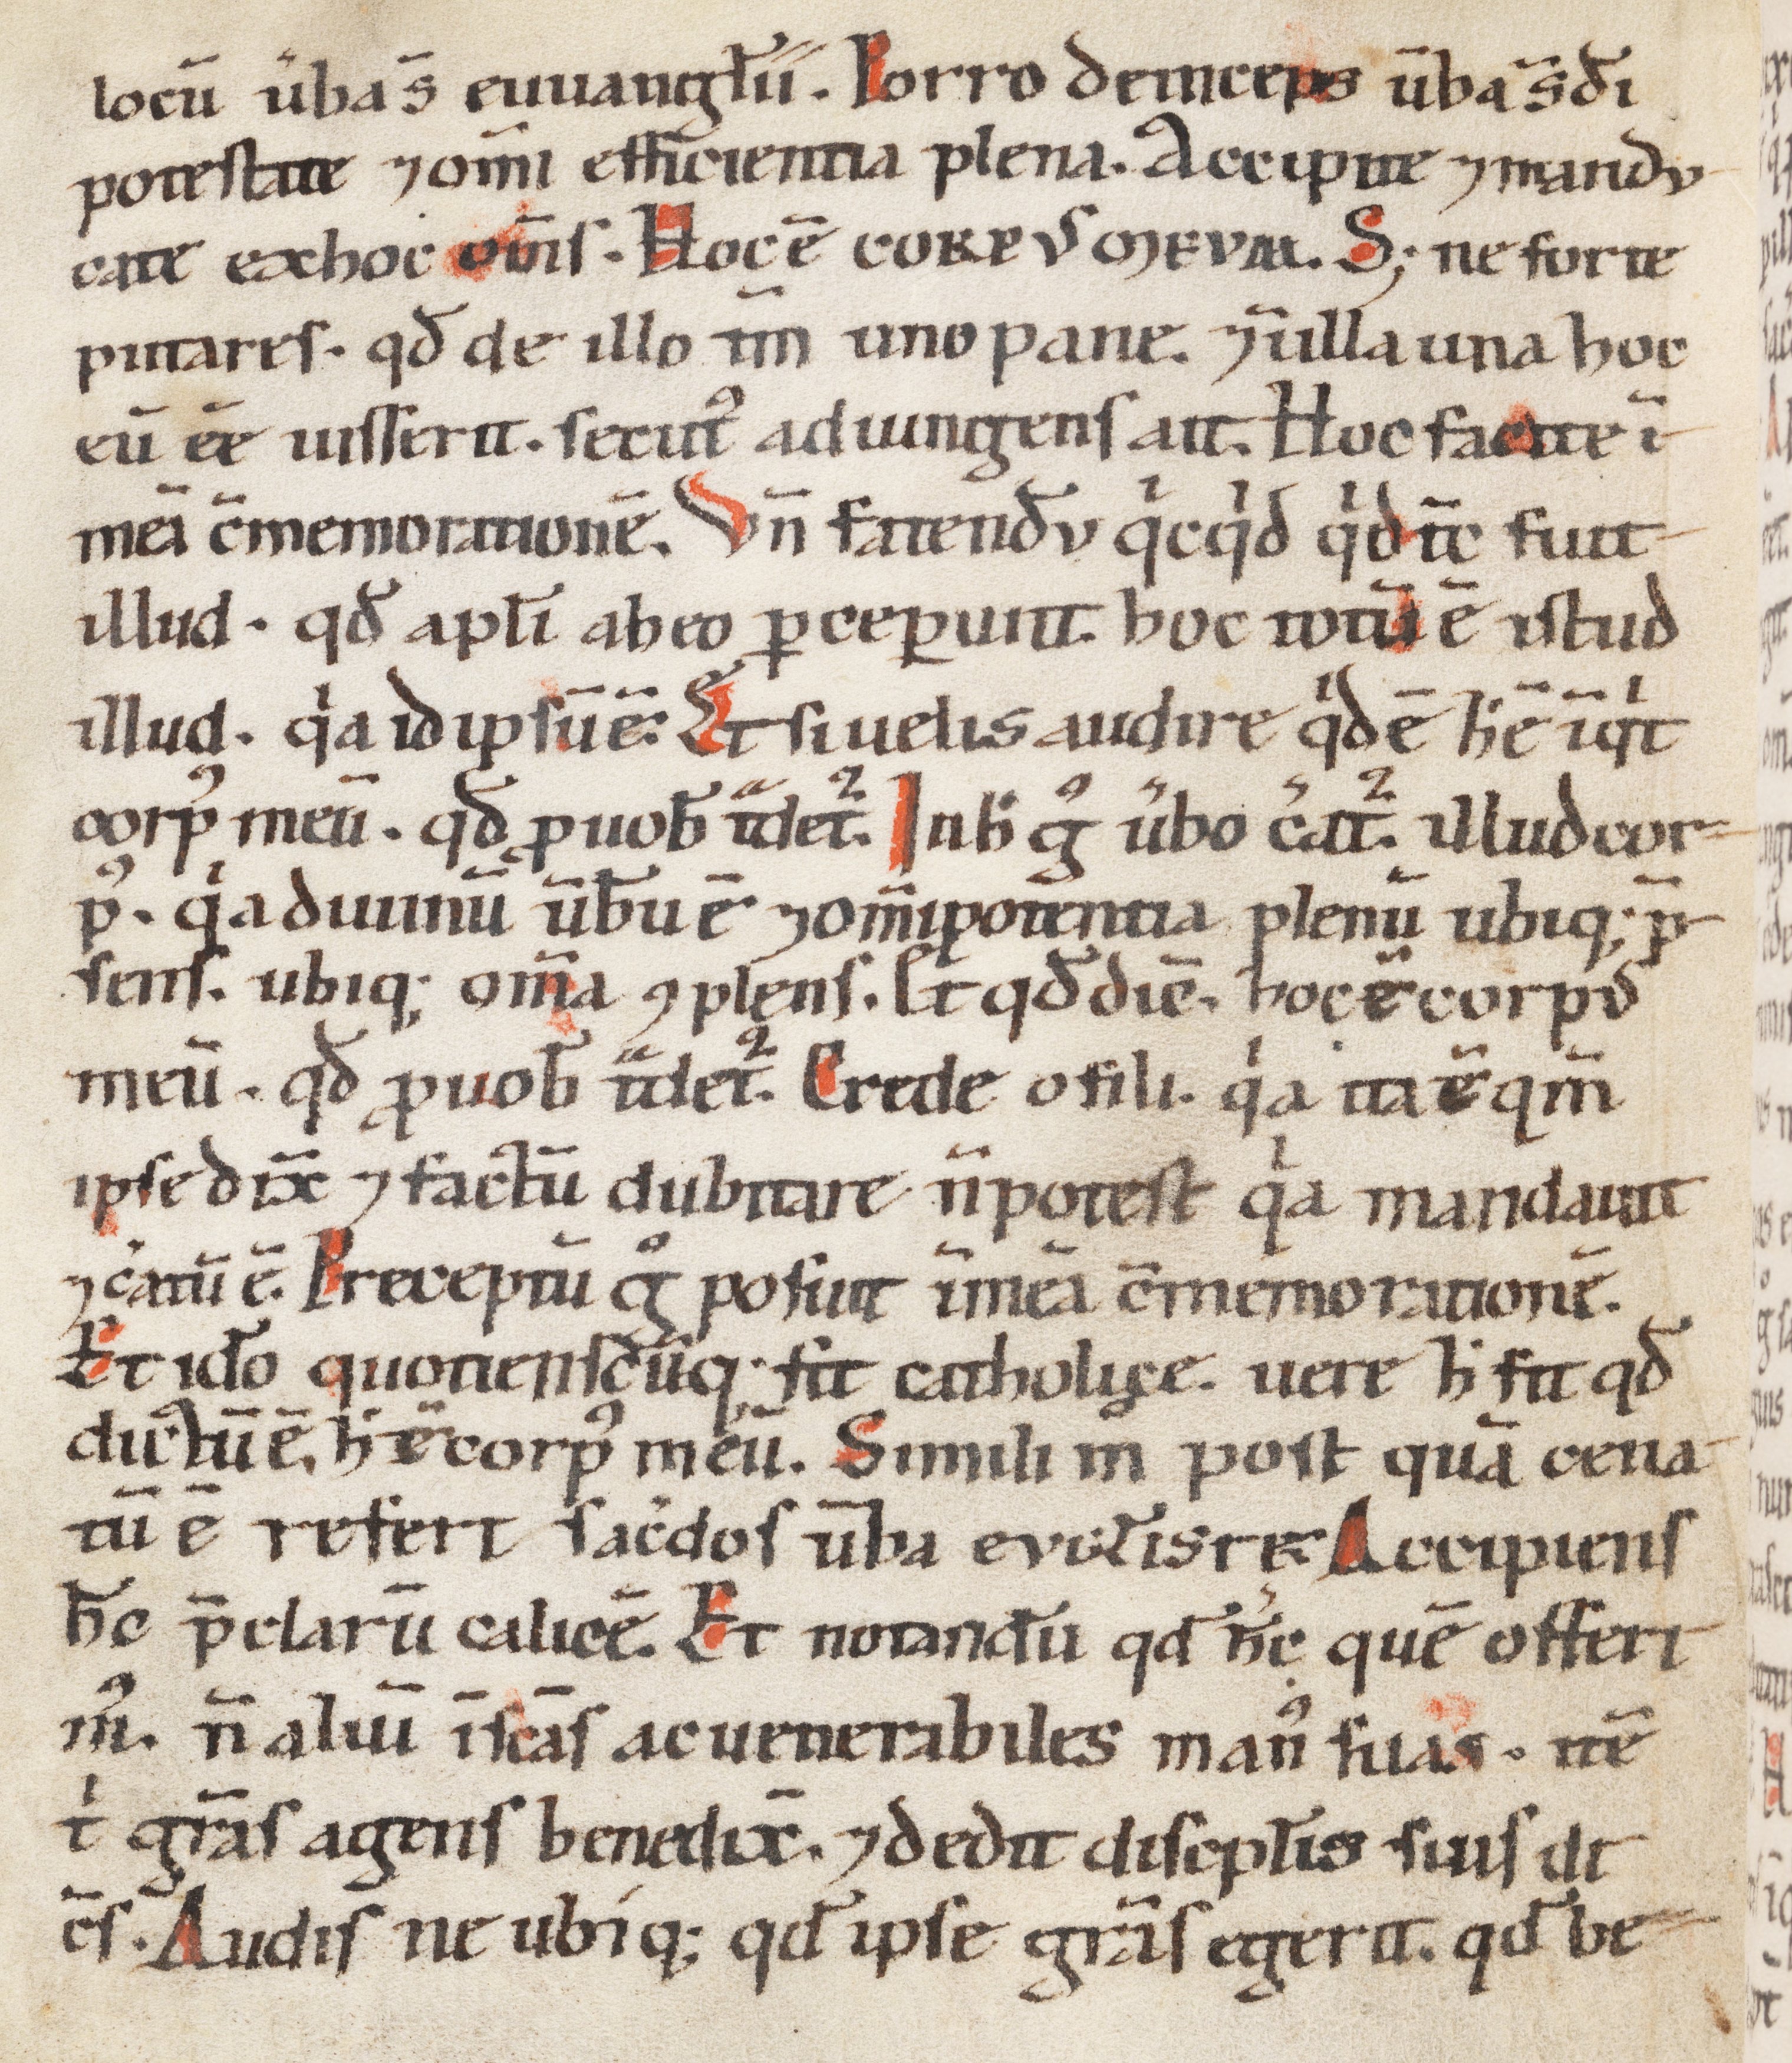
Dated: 1100–1199